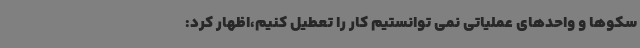
سکوها و واحدهای عملیاتی نمی توانستیم کار را تعطیل کنیم،اظهار کرد: